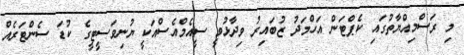
މި ރަސްމިއްޔާތުގައި ކެޕްޓަން އަހްމަދު ޒުބައިރު ވިދާޅުވީ ސީއެމްއެސްއަކީ ޔުނިވަސީޓީގެ ކުޑަ ސެންޓަރެއް